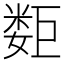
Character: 𰌕